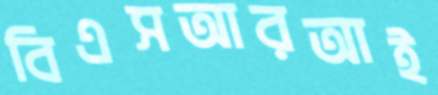
বিএসআরআই